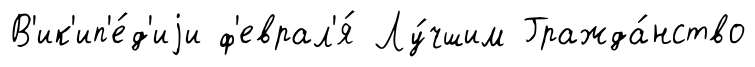
В'ик'ип'е́д'иjи ф'еврал'я́ Лу́чшим Гражда́нство